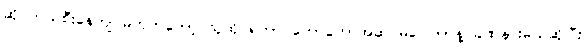
ဆိုင်ကယ်စီးနေကျ မဟုတ်တော့ သူထိုင်ရတာ တော်တော်အဆင်မပြေတာနဲ့ ခဏနားမယ်ဆိုပြီး